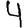
Digit: 4